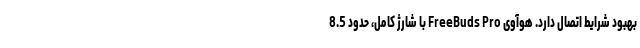
بهبود شرایط اتصال دارد. هوآوی FreeBuds Pro با شارژ کامل، حدود 8.5